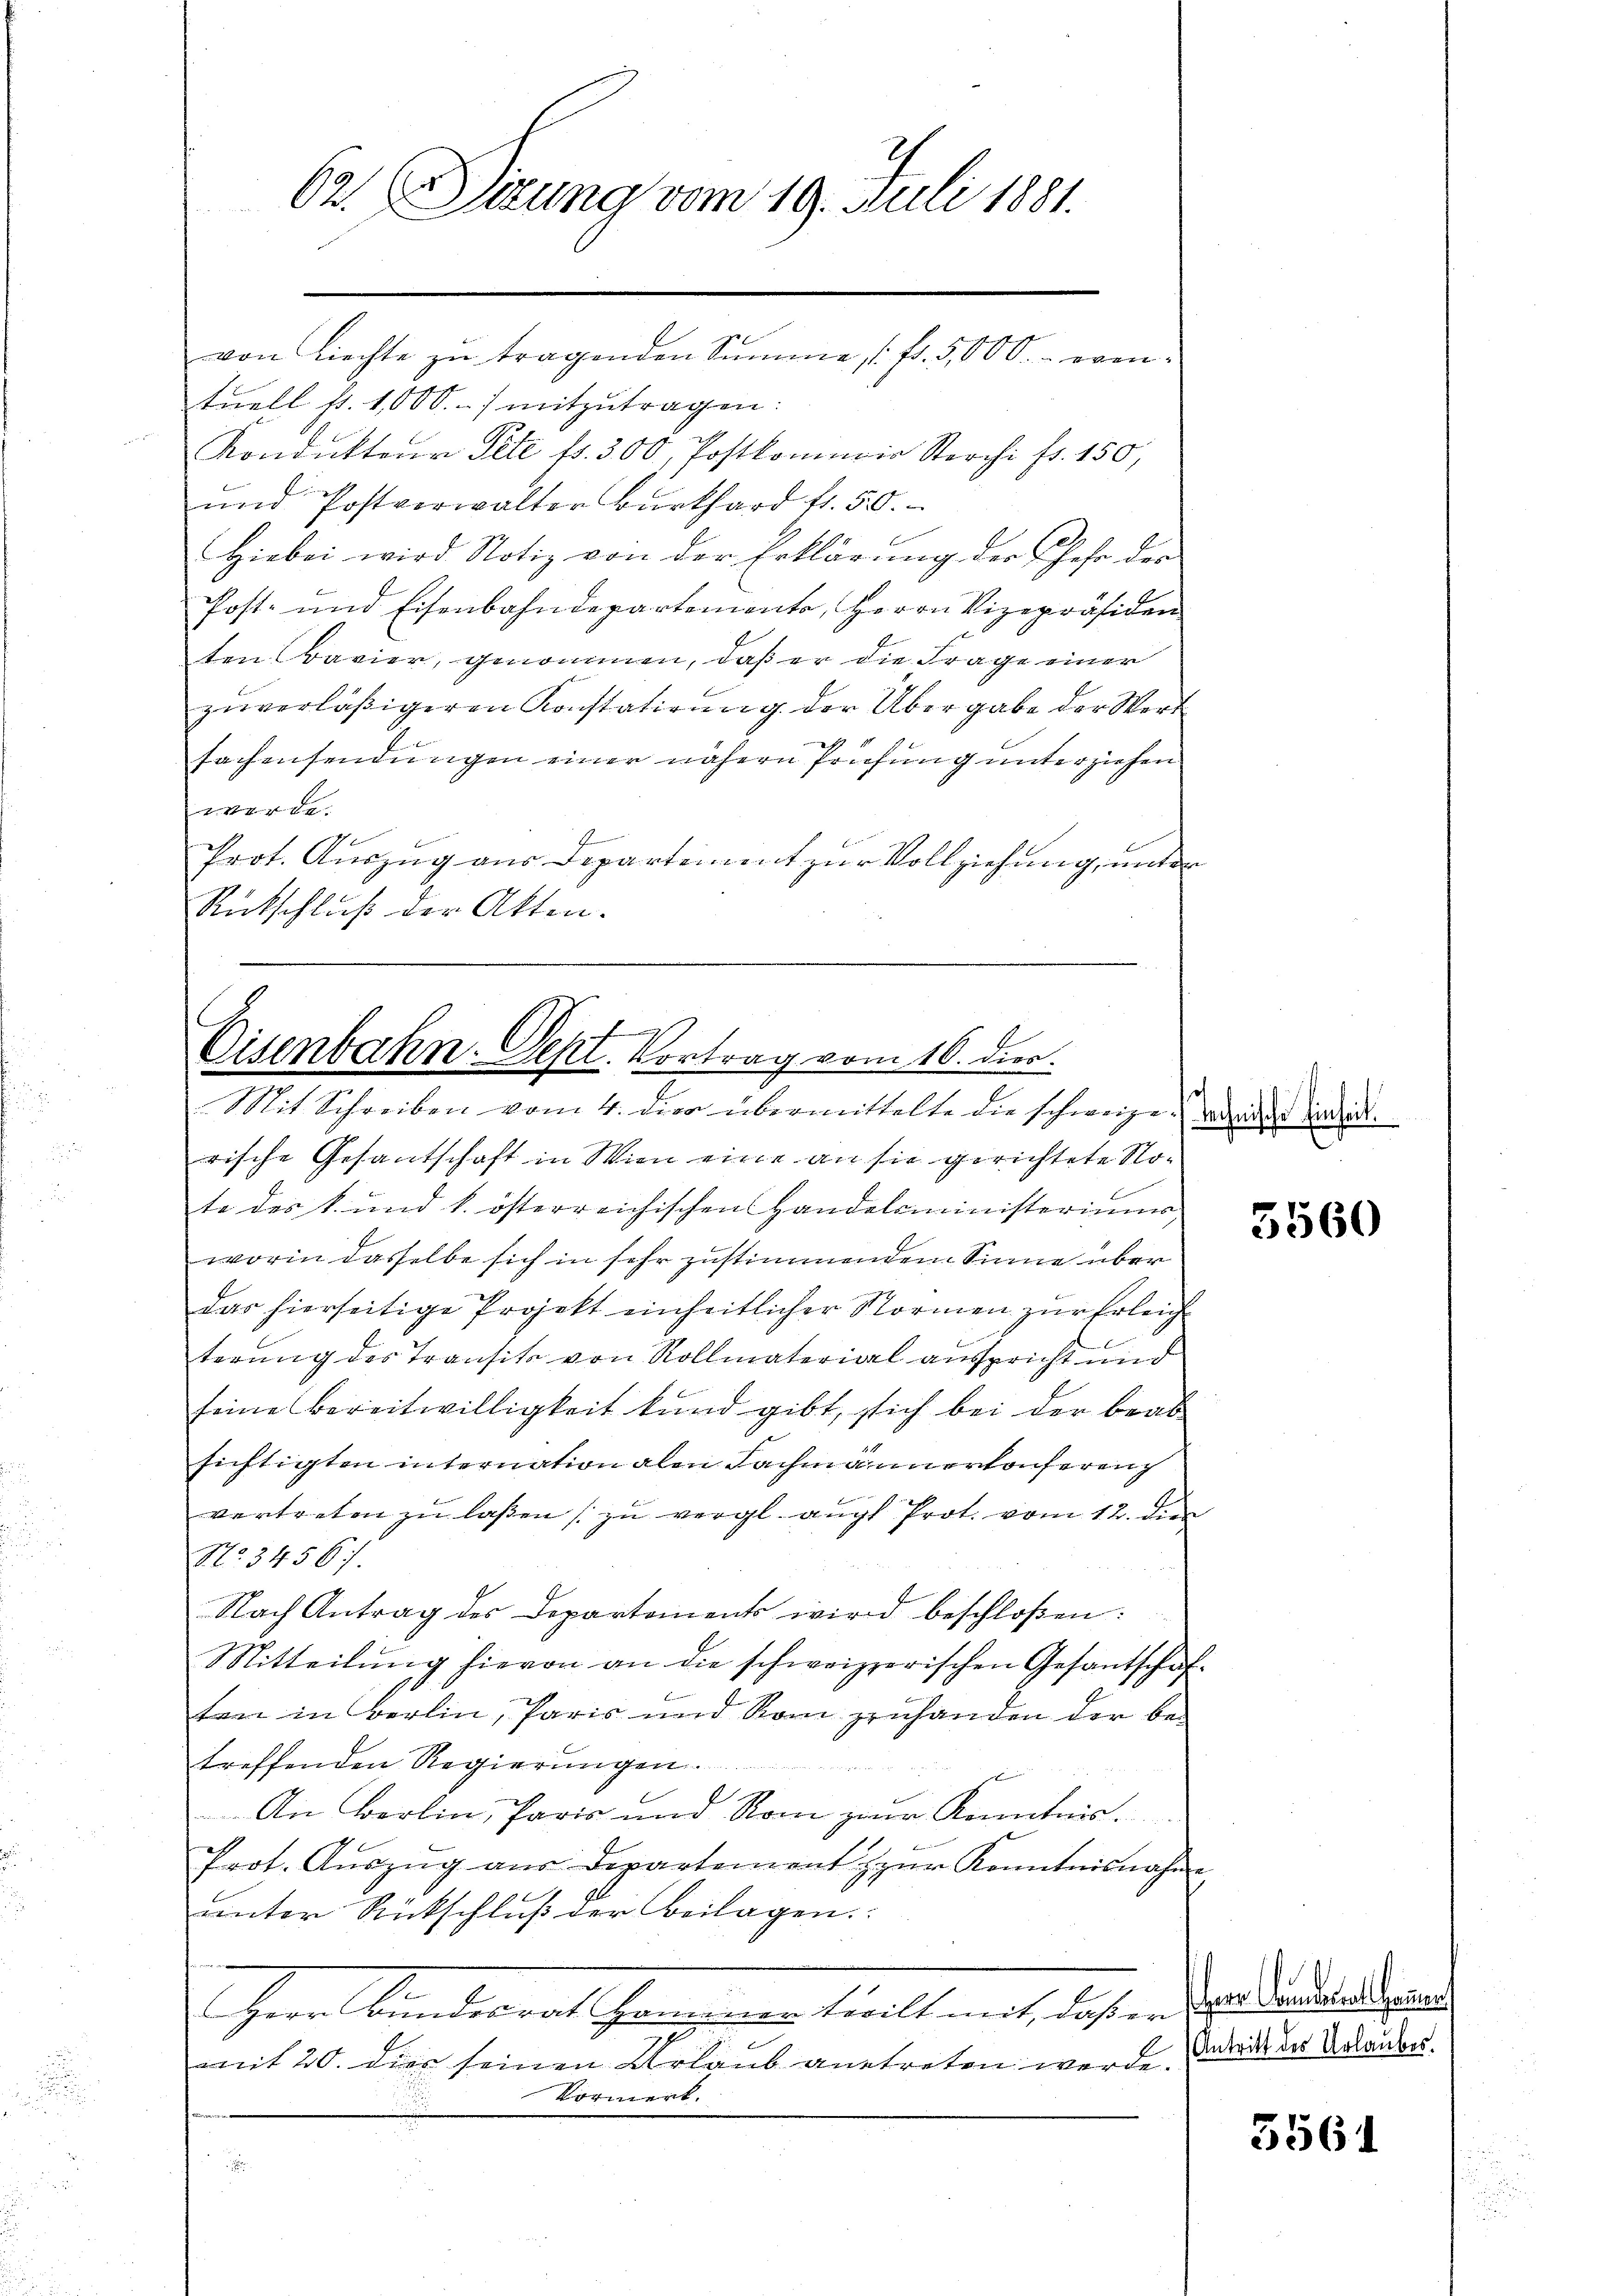
62. Dierung vom 19. Juli 1881.
von Liechte zŭ tragenden Summe (fr. 5000.- even-

tuell f. 1,000.-) mitzŭtragen:
Kondukteur Pete fr. 300, Postkommair Sterchi fr. 150,
und Postverwalter Burkhard fr. 50.
Hiebei wird Notiz von der Erklärung der Gehe der
Post- und Eisenbahndepartemente, Herrn Vizepräsiden
ten (Bavier, genommen, daß er die Frage einer
zuverläßigeren Konstatirung der Übergabe der Wert
fachensendungen einer nähern Prüfung unterziehen
werde.
Prot. Auszug aus Departiment zur Vollziehung, under
Rückschluß der Akten.

Eisenbahn. Sept. Vortrag vom 16. dies.
Mit Schreiben vom 4. dies übermittelte die schweize. Wieder Candid

rische Gesantschaft in Wien eine an sie gerichtete Note des k. und k. österreichischen Handelsministeriums,
worin dasselbe sich in sehr zustimmendem Sinne über
das hierseitige Projekt einheitlicher Normen zur Erleicht
terung des Transits von Rollmaterial ausspricht und
seine Bereitwilligkeit kund gibt, sich bei der beab
sichtigten internation alen Fachmännerkonferen
vertreten zŭ laβen zŭ vergl. auch Prot. vom 12. dien
No 34567.
Nach Antrag des Departements wird beschloßen:
Mitteilung hievon an die schweizerischen Gesantschäf-
ten in Berlin, Paris und Rom zuhanden der betreffenden Regierungen.
An Berlin, Paris und Rom zur Kenntnis
Prot. Aŭszŭg aŭs Departement zŭr Kenntnisnahme
unter Rückschluß der Beilagen.
Ihre Kindert seinen ein viel mit stehen von der den auch
9
mit 20. dies seinen Urlaub antreten werde.
Vormerk.

5560

Antritt des Urlaubes.

3561